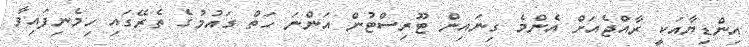
އިންޑިޔާއަކީ ރާއްޖެއަށް އެންމެ ގިނައިން ޓޫރިސްޓުން އަންނަ ހަތް ގައުމުގެ ތެރޭގައި ހިމެނިފައިވާ